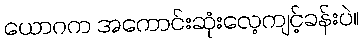
ယောဂက အကောင်းဆုံးလေ့ကျင့်ခန်းပဲ။